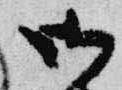
御